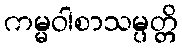
ကမ္မဝါစာသမ္ပတ္တိ